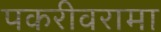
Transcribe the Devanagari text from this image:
पकरीवरामा